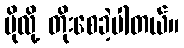
ပိုလို့ တိုးစေခဲ့ပါတယ်။